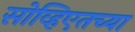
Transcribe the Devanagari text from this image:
सोव्हिएतच्या